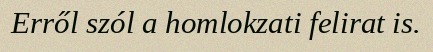
Erről szól a homlokzati felirat is.